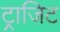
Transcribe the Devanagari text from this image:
ट्राजिट